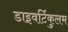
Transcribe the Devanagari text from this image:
डाइवर्टिकुलम